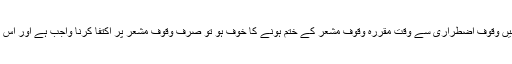
لیکن اگر عرفات میں وقوف اضطراری سے وقت مقررہ وقوف مشعر کے ختم ہونے کا خوف ہو تو صرف وقوف مشعر پر اکتفا کرنا واجب ہے اور اس کا حج صحیح ہوگا۔